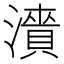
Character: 𬉓